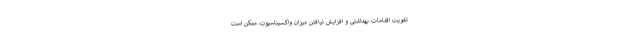
تقویت اقدامات بهداشتی و افزایش نیافتن میزان واکسیناسیون، ممکن است